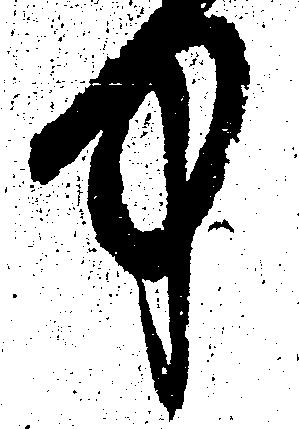
中